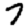
Digit: 7